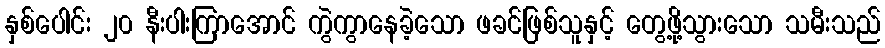
နှစ်ပေါင်း ၂၀ နီးပါးကြာအောင် ကွဲကွာနေခဲ့သော ဖခင်ဖြစ်သူနှင့် တွေ့ဖို့သွားသော သမီးသည်